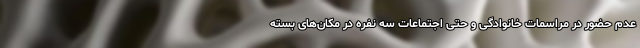
عدم حضور در مراسمات خانوادگی و حتی اجتماعات سه نفره در مکان‌های بسته